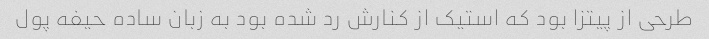
طرحی از پیتزا بود که استیک از کنارش رد شده بود به زبان ساده حیفه پول